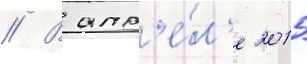
// В апр'е́л'е 2015